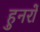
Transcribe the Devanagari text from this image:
हुनरों